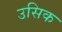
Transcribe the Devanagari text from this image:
उसिक